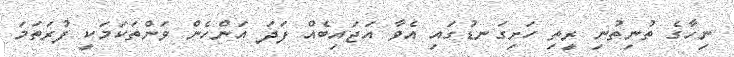
ނިހާގެ ތުނިތުނި ރީތި ހަށިގަނޑުގައި އެވާ އަޖައިބެއް ފަދަ އަންހެން ވަންތަކަމަކީ ފުރަތަމަ